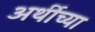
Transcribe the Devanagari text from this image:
अर्थीच्या